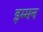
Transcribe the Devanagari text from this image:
इम्मन